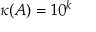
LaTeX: \kappa ( A ) = 1 0 ^ { k }